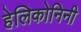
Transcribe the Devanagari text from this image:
हेलिकोनिनी